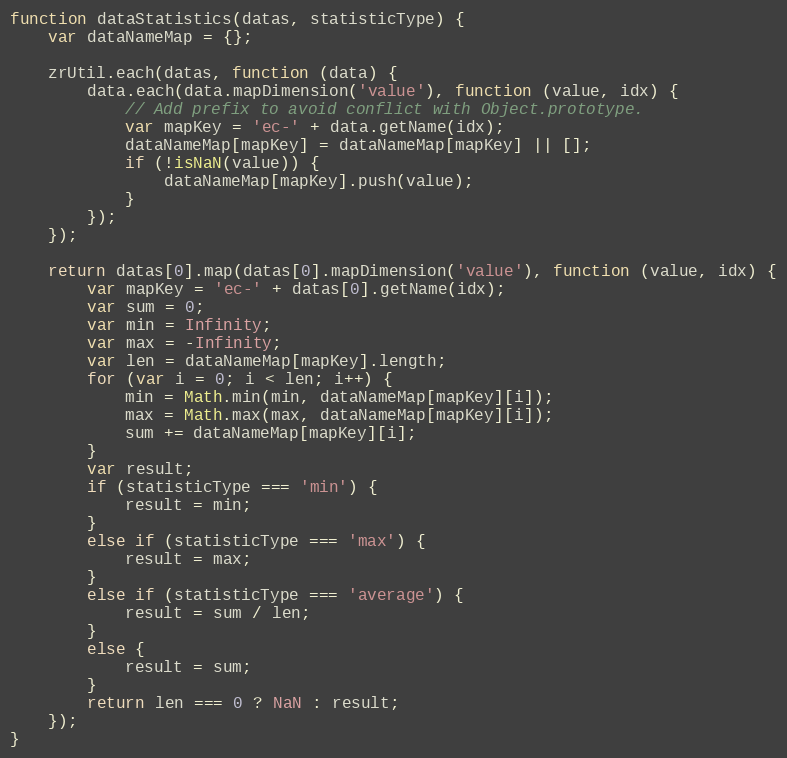
Language: JavaScript
function dataStatistics(datas, statisticType) {
    var dataNameMap = {};

    zrUtil.each(datas, function (data) {
        data.each(data.mapDimension('value'), function (value, idx) {
            // Add prefix to avoid conflict with Object.prototype.
            var mapKey = 'ec-' + data.getName(idx);
            dataNameMap[mapKey] = dataNameMap[mapKey] || [];
            if (!isNaN(value)) {
                dataNameMap[mapKey].push(value);
            }
        });
    });

    return datas[0].map(datas[0].mapDimension('value'), function (value, idx) {
        var mapKey = 'ec-' + datas[0].getName(idx);
        var sum = 0;
        var min = Infinity;
        var max = -Infinity;
        var len = dataNameMap[mapKey].length;
        for (var i = 0; i < len; i++) {
            min = Math.min(min, dataNameMap[mapKey][i]);
            max = Math.max(max, dataNameMap[mapKey][i]);
            sum += dataNameMap[mapKey][i];
        }
        var result;
        if (statisticType === 'min') {
            result = min;
        }
        else if (statisticType === 'max') {
            result = max;
        }
        else if (statisticType === 'average') {
            result = sum / len;
        }
        else {
            result = sum;
        }
        return len === 0 ? NaN : result;
    });
}